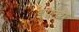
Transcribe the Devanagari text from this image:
इफ़्तेरा